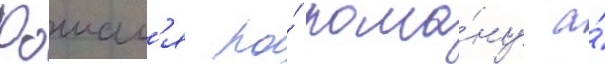
Рошал'я по́ рома́ну а́